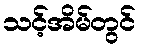
သင့်အိမ်တွင်